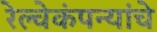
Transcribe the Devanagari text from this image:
रेल्वेकंपन्यांचे